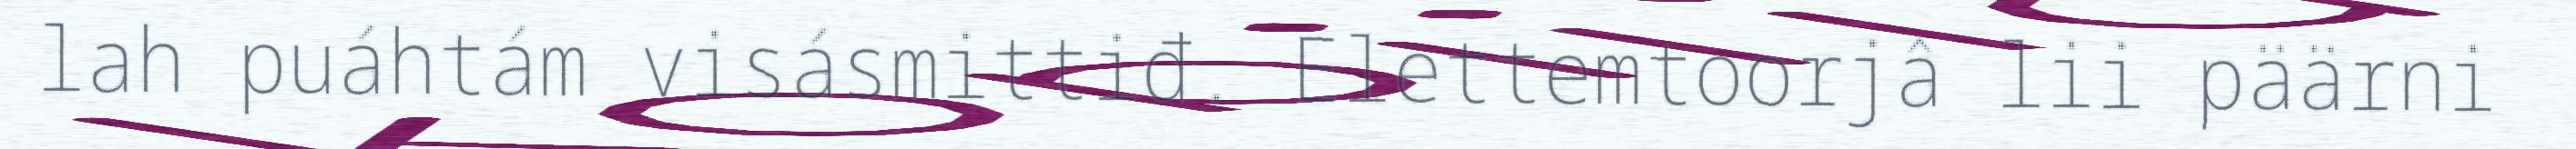
lah puáhtám visásmittiđ. Elettemtoorjâ lii päärni